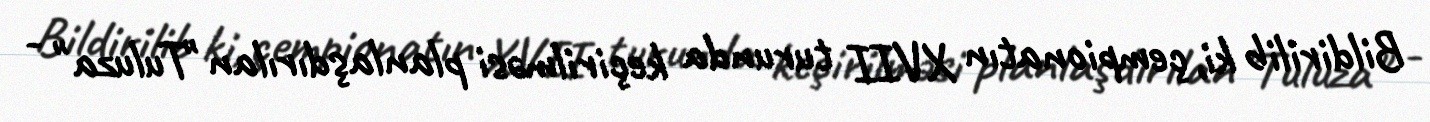
Bildirilib ki, çempionatın XVII turunda keçirilməsi planlaşdırılan "Tuluza" -